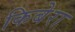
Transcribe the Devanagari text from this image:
किबेरा